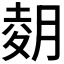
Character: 𫆢